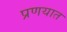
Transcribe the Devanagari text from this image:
प्रणयात